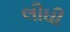
લીઘી